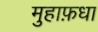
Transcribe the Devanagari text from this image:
मुहाफ़धा